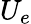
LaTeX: U_{e}